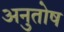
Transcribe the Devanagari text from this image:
अनुुतोष